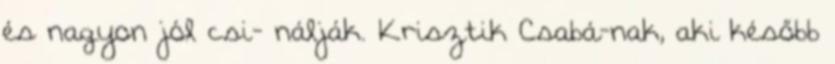
és nagyon jól csi- nálják. Krisztik Csabá-nak, aki később